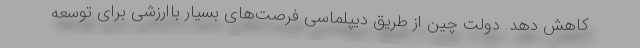
کاهش دهد. دولت چین از طریق دیپلماسی فرصت‌های بسیار باارزشی برای توسعه